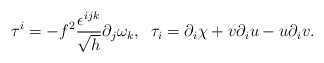
\begin{align*}\tau^i=-f^2\frac{\epsilon^{ijk}}{\sqrt{h}}\partial_j\omega_k,\;\;\tau_i=\partial_i\chi +v\partial_iu-u\partial_iv.\end{align*}